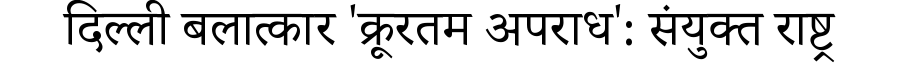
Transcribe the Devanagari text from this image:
दिल्ली बलात्कार 'क्रूरतम अपराध': संयुक्त राष्ट्र